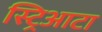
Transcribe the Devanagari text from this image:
स्ट्रिआटा